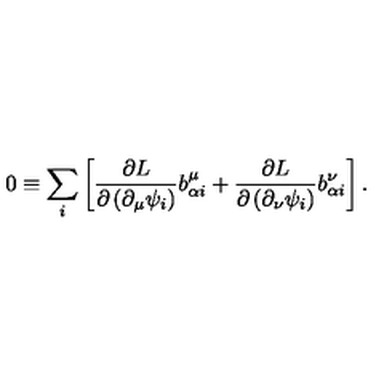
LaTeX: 0 \equiv \sum _ { i } \left[ \frac { \partial L } { \partial \left( \partial _ { \mu } \psi _ { i } \right) } b _ { \alpha i } ^ { \mu } + \frac { \partial L } { \partial \left( \partial _ { \nu } \psi _ { i } \right) } b _ { \alpha i } ^ { \nu } \right] .